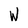
Character: W